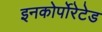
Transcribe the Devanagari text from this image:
इनकोर्पोरेटेड